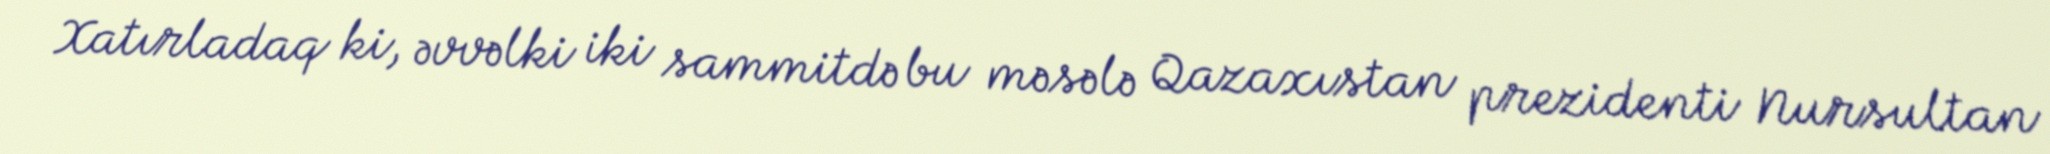
Xatırladaq ki, əvvəlki iki sammitdə bu məsələ Qazaxıstan prezidenti Nursultan